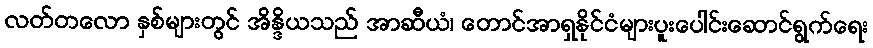
လတ်တလော နှစ်များတွင် အိန္ဒိယသည် အာဆီယံ၊ တောင်အာရှနိုင်ငံများပူးပေါင်းဆောင်ရွက်ရေး